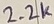
Text: 2.2K